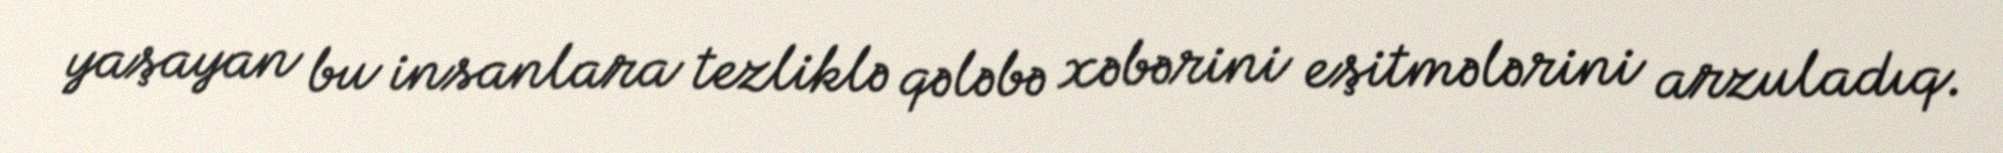
yaşayan bu insanlara tezliklə qələbə xəbərini eşitmələrini arzuladıq.